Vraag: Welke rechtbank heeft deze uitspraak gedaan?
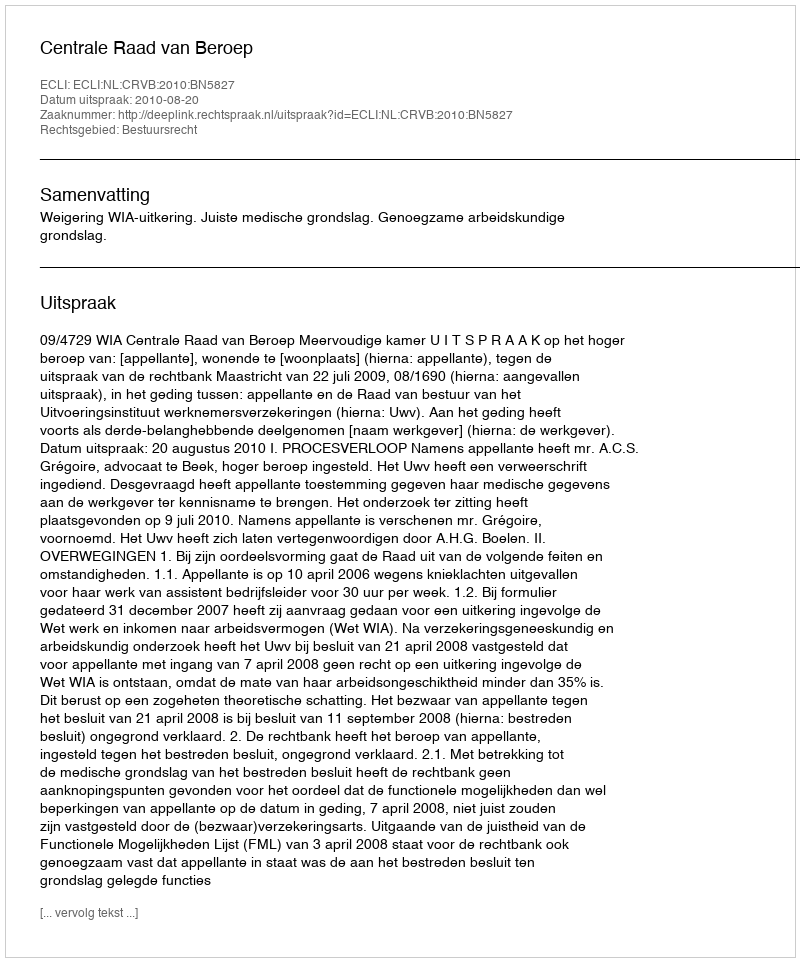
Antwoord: Centrale Raad van Beroep